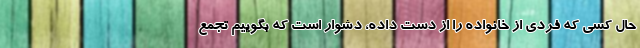
حال کسی که فردی از خانواده را از دست داده، دشوار است که بگوییم تجمع